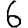
Digit: 6